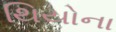
થિયોના